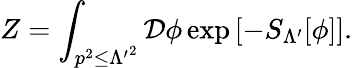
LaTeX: Z=\int_{p^{2}\leq{\Lambda^{\prime}}^{2}}{\mathcal{D}}\phi\exp\left[-S_{\Lambda^{\prime}}[\phi]\right].